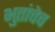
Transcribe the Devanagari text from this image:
भुतांचेच